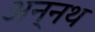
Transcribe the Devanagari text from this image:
अन्नथ